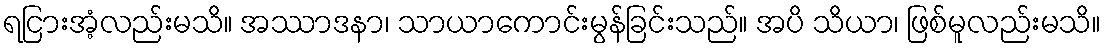
ရငြားအံ့လည်းမသိ။ အဿာဒနာ၊ သာယာကောင်းမွန်ခြင်းသည်။ အပိ သိယာ၊ ဖြစ်မူလည်းမသိ။